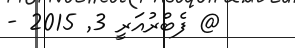
@ ފެބްރުއަރީ 3